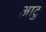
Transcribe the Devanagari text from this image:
आटु